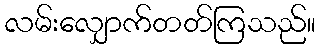
လမ်းလျှောက်တတ်ကြသည်။